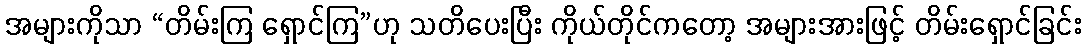
အများကိုသာ “တိမ်းကြ ရှောင်ကြ”ဟု သတိပေးပြီး ကိုယ်တိုင်ကတော့ အများအားဖြင့် တိမ်းရှောင်ခြင်း